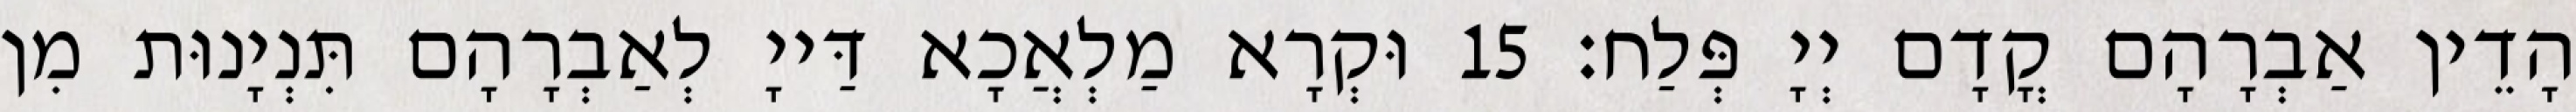
הָדֵין אַבְרָהָם קֳדָם יְיָ פְּלַח׃ 15 וּקְרָא מַלְאֲכָא דַּייָ לְאַבְרָהָם תִּנְיָנוּת מִן